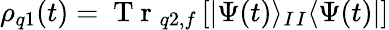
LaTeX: \rho_{q1}(t)=\mathrm{~T~r~}_{q2,f}\left[|\Psi(t)\rangle_{I}{}_{I}\langle\Psi(t)|\right]